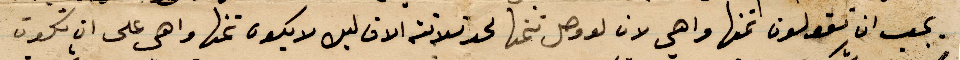
يجب ان تقولون عنها وا هي لان لو وصل ثمنها لحد ثلاثة الاف ليره لا يكون ثمنها واهى على ان يكون